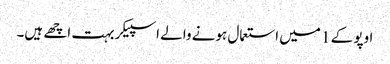
اوپو کے 1 میں استعمال ہونے والے اسپیکر بہت اچھے ہیں۔